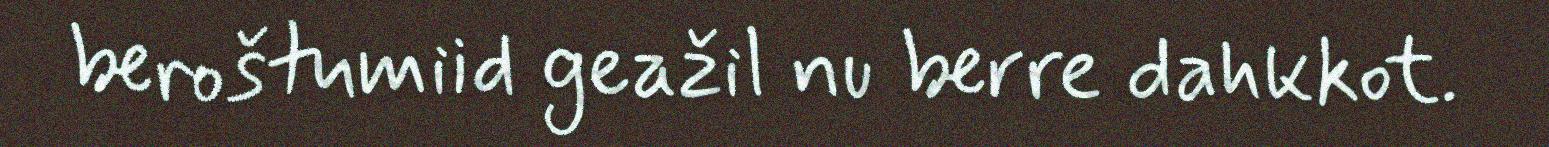
beroštumiid geažil nu berre dahkkot.